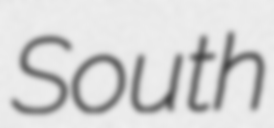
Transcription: South